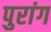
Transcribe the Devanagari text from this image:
पुरांग